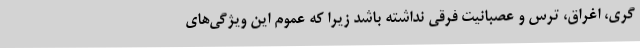
گری، اغراق، ترس و عصبانیت فرقی نداشته باشد زیرا که عموم این ویژگی‌های